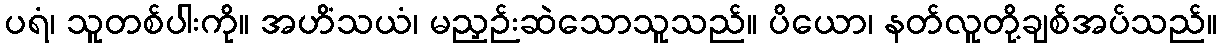
ပရံ၊ သူတစ်ပါးကို။ အဟိံသယံ၊ မညှဉ်းဆဲသောသူသည်။ ပိယော၊ နတ်လူတို့ချစ်အပ်သည်။